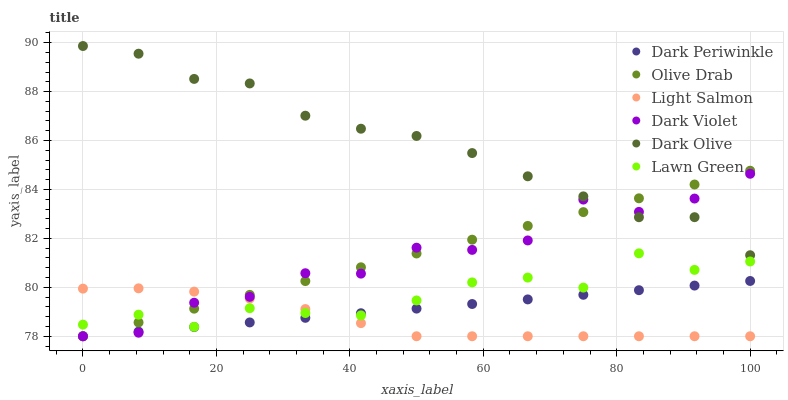
| xaxis_label | Dark Periwinkle | Olive Drab | Light Salmon | Dark Violet | Dark Olive | Lawn Green |
 | --- | --- | --- | --- | --- | --- | --- |
 | 0 | 78 | 78 | 79.9 | 78 | 89.9 | 78.5 |
 | 8.33 | 78.2 | 78.6 | 80 | 78.1 | 89.6 | 78.9 |
 | 16.7 | 78.4 | 79.1 | 79.8 | 79.4 | 88.5 | 78.4 |
 | 25 | 78.6 | 79.7 | 79.5 | 79.6 | 88.3 | 79.1 |
 | 33.3 | 78.8 | 80.3 | 79.1 | 80.6 | 87 | 79 |
 | 41.7 | 78.9 | 80.8 | 78.5 | 80.6 | 86.5 | 78.9 |
 | 50 | 79.1 | 81.4 | 78 | 81.6 | 86.2 | 79.5 |
 | 58.3 | 79.3 | 81.9 | 78 | 81.5 | 85.5 | 80.2 |
 | 66.7 | 79.5 | 82.5 | 78 | 81.9 | 84.5 | 80.4 |
 | 75 | 79.7 | 83.1 | 78 | 83.6 | 83.7 | 80 |
 | 83.3 | 79.9 | 83.6 | 78 | 83.1 | 82.9 | 81.4 |
 | 91.7 | 80.1 | 84.2 | 78 | 83.6 | 82.9 | 80.7 |
 | 100 | 80.3 | 84.8 | 78 | 84.6 | 81.3 | 81.1 |